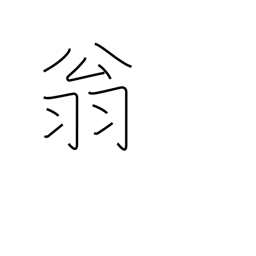
Meaning: venerable old man